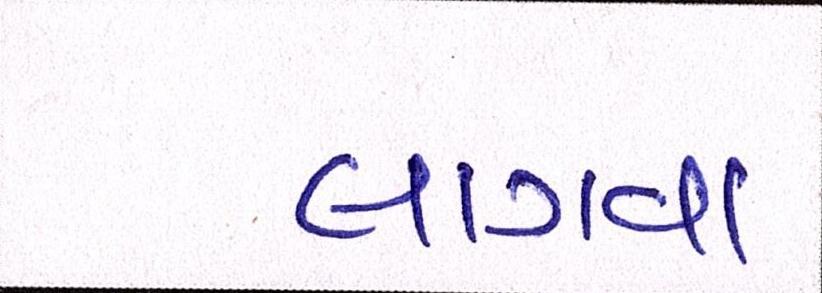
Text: લાગવા